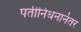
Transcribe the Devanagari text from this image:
पतीनिधनानंतर